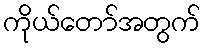
ကိုယ်တော်အတွက်